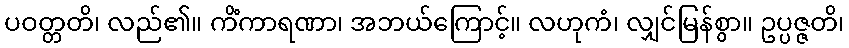
ပဝတ္တတိ၊ လည်၏။ ကိံကာရဏာ၊ အဘယ်ကြောင့်။ လဟုကံ၊ လျှင်မြန်စွာ။ ဥပ္ပဇ္ဇတိ၊